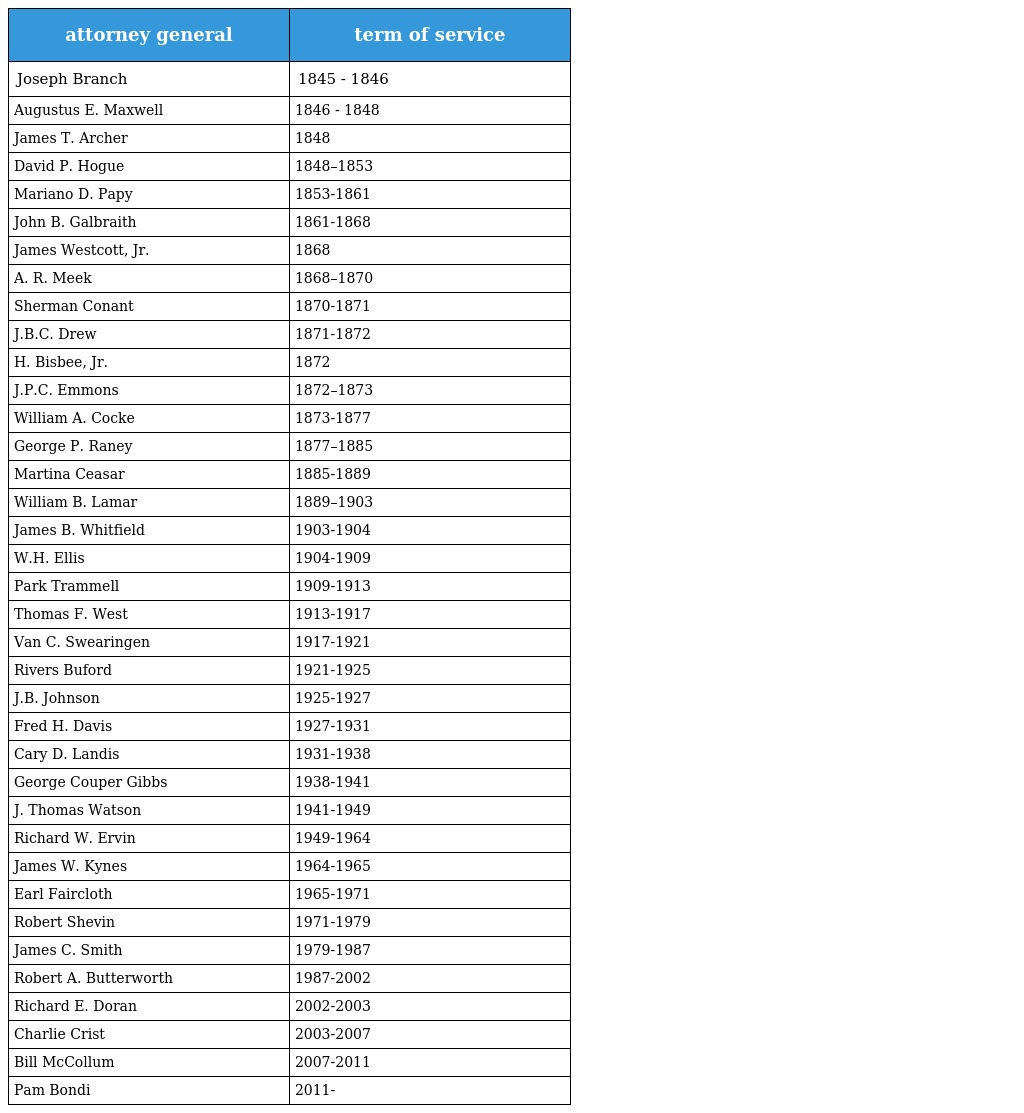
| attorney general | term of service |
 | --- | --- |
 | Joseph Branch | 1845 - 1846 |
 | Augustus E. Maxwell | 1846 - 1848 |
 | James T. Archer | 1848 |
 | David P. Hogue | 1848–1853 |
 | Mariano D. Papy | 1853-1861 |
 | John B. Galbraith | 1861-1868 |
 | James Westcott, Jr. | 1868 |
 | A. R. Meek | 1868–1870 |
 | Sherman Conant | 1870-1871 |
 | J.B.C. Drew | 1871-1872 |
 | H. Bisbee, Jr. | 1872 |
 | J.P.C. Emmons | 1872–1873 |
 | William A. Cocke | 1873-1877 |
 | George P. Raney | 1877–1885 |
 | Martina Ceasar | 1885-1889 |
 | William B. Lamar | 1889–1903 |
 | James B. Whitfield | 1903-1904 |
 | W.H. Ellis | 1904-1909 |
 | Park Trammell | 1909-1913 |
 | Thomas F. West | 1913-1917 |
 | Van C. Swearingen | 1917-1921 |
 | Rivers Buford | 1921-1925 |
 | J.B. Johnson | 1925-1927 |
 | Fred H. Davis | 1927-1931 |
 | Cary D. Landis | 1931-1938 |
 | George Couper Gibbs | 1938-1941 |
 | J. Thomas Watson | 1941-1949 |
 | Richard W. Ervin | 1949-1964 |
 | James W. Kynes | 1964-1965 |
 | Earl Faircloth | 1965-1971 |
 | Robert Shevin | 1971-1979 |
 | James C. Smith | 1979-1987 |
 | Robert A. Butterworth | 1987-2002 |
 | Richard E. Doran | 2002-2003 |
 | Charlie Crist | 2003-2007 |
 | Bill McCollum | 2007-2011 |
 | Pam Bondi | 2011- |